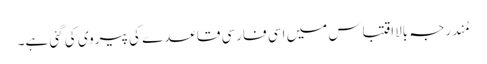
مُندرجہ بالااقتباس میں اسی فارسی قاعدے کی پیروی کی گئی ہے۔